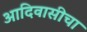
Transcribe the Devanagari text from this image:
आदिवासीचा